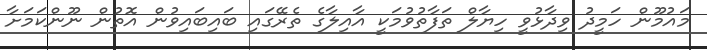
މައުމޫން ހަމީދު ވިދާޅުވީ ހިޔާލް ތަފާތުވުމަކީ އާއިލާގެ ތެރޭގައި ބައިބައިވުން އޮތުން ނޫންކަމަށާ